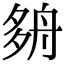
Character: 𡖫